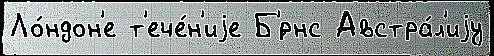
Ло́ндон'е т'ече́н'иjе Б'́рнс Австра́л'иjу